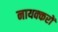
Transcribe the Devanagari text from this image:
नायक्करों